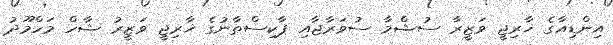
އިންޑިއާގެ ޚާރިޖީ ވަޒީރާ ސުޝްމާ ސުވަރާޖާއި ޕާކިސްތާނުގެ ޚާރިޖީ ވަޒީރު ޝާހް މަހްމޫދު